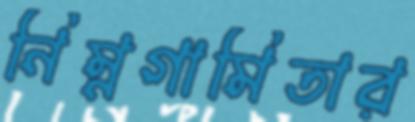
নিম্নগামিতার